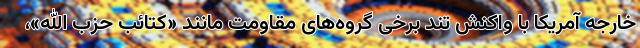
خارجه آمریکا با واکنش تند برخی گروه‌های مقاومت مانند «کتائب حزب الله»،